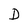
Character: D